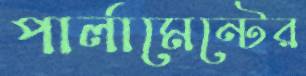
পার্লামেন্টের